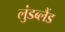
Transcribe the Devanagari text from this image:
लुंडब्लैंड